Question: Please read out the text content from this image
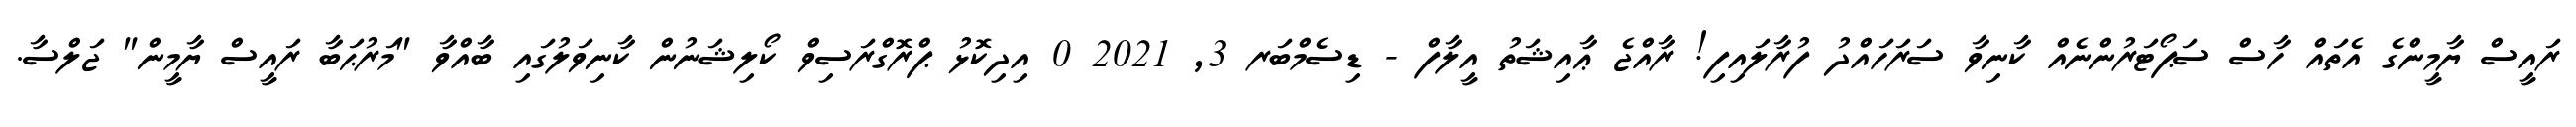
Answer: ރައީސް ޔާމީންގެ އެތައް ހާސް ސަޕޯޓަރުންނެއް ކާނިވާ ސަރަހައްދު ފުރާލައިފި! ރާއްޖެ ޢާއިޝަތު އީލާފް - ޑިސެމްބަރ 3, 2021 0 އިދިކޮޅު ޕްރޮގްރަސިވް ކޯލިޝަނުން ކާނިވަލުގައި ބާއްވާ "މަރުޙަބާ ރައީސް ޔާމީން" ޖަލްސާ.